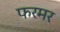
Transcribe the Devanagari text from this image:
फरमर